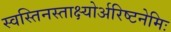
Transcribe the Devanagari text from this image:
स्वस्तिनस्ताक्ष्योर्अरिष्टनेमिः